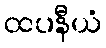
ထပနီယံ